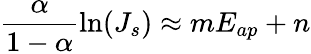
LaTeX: \frac{\alpha}{1-\alpha}\ln(J_{s})\approx mE_{ap}+n